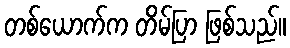
တစ်ယောက်က တိမ်ပြာ ဖြစ်သည်။